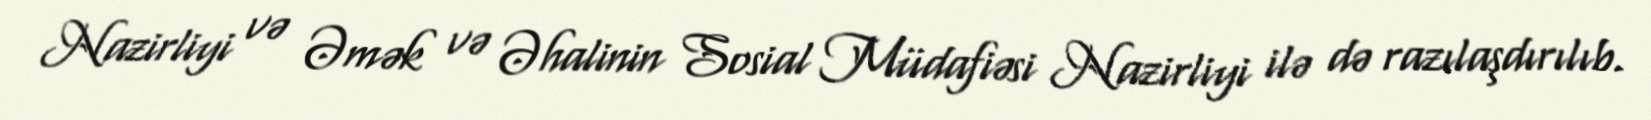
Nazirliyi və Əmək və Əhalinin Sosial Müdafiəsi Nazirliyi ilə də razılaşdırılıb.